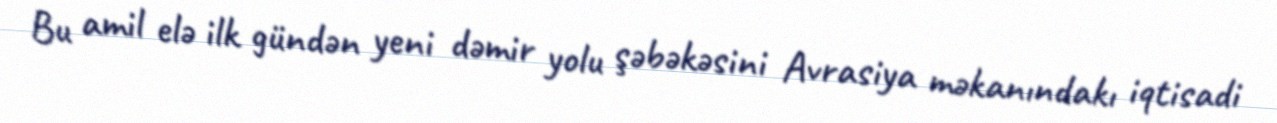
Bu amil elə ilk gündən yeni dəmir yolu şəbəkəsini Avrasiya məkanındakı iqtisadi